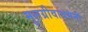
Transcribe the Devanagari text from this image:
मूलग्रीवाधमनी